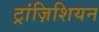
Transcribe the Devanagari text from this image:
ट्रांज़िशियन